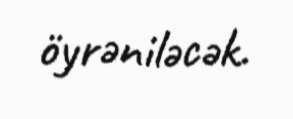
öyrəniləcək.